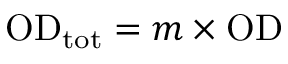
\mathrm { O D } _ { \mathrm { t o t } } = m \times \mathrm { O D }